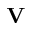
\mathbf { V }